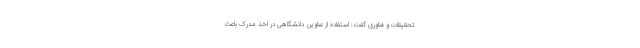
تحقیقات و فناوری گفت: استفاده از عناوین دانشگاهی در اخذ مدرک باعث